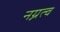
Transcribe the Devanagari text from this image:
नग्नत्व